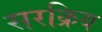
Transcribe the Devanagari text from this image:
सरक्रिय